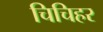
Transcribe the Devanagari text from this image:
चिचिहर